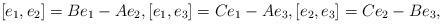
LaTeX: \begin{align*}[e_1,e_2] = B e_1-A e_2, [e_1,e_3] = C e_1-A e_3, [e_2,e_3] = C e_2-B e_3, \end{align*}